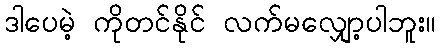
ဒါပေမဲ့ ကိုတင်နိုင် လက်မလျှော့ပါဘူး။